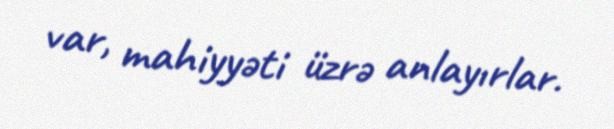
var, mahiyyəti üzrə anlayırlar.